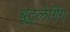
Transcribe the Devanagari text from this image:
बूट्लेगिंग